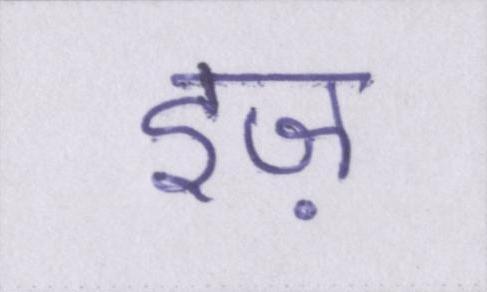
इज़